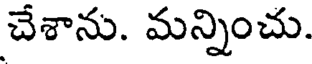
చేశాను. మన్నించు.